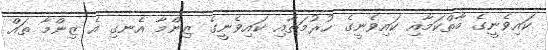
ކައިވެނީގެ މާތްކަމާއި ކައިވެނީގެ ހުރުމަތާއި ކައިވެނީގެ ޒިންމާ އެނގި އެ ޒިންމާ ތައް